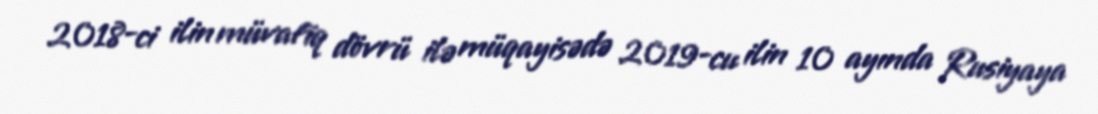
2018-ci ilin müvafiq dövrü ilə müqayisədə 2019-cu ilin 10 ayında Rusiyaya